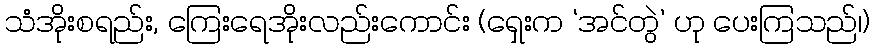
သံအိုးစရည်း, ကြေးရေအိုးလည်းကောင်း (ရှေးက ‘အင်တွဲ’ ဟု ပေးကြသည်၊)